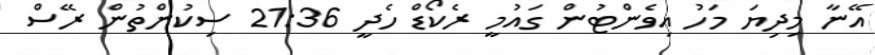
އޭނާ މިދިޔަ މަހު އިވެންޓުން ގައުމީ ރެކޯޑް ހެދީ 21:36 ސިކުންތުން ރޭސް